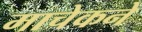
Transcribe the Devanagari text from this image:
माचेकने